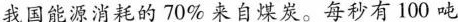
我国能源消耗的70\%来自煤炭。每秒有100吨